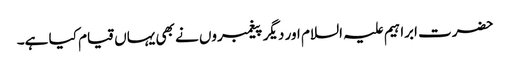
حضرت ابراہیم علیہ السلام اور دیگر پیغمبروں نے بھی یہاں قیام کیا ہے۔